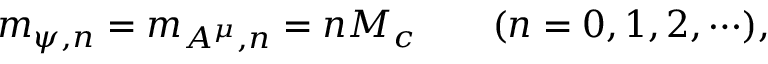
m _ { \psi , n } = m _ { A ^ { \mu } , n } = n M _ { c } \qquad ( n = 0 , 1 , 2 , \cdots ) ,